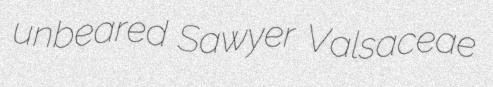
unbeared Sawyer Valsaceae